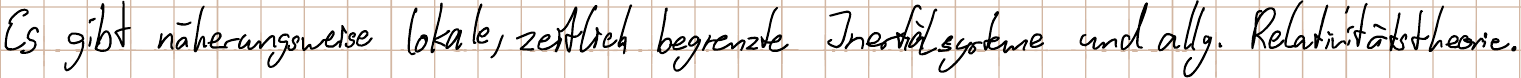
Es gibt näherungsweise lokale, zeitlich begrenzte Inertialsysteme und allg. Relativitätstheorie.